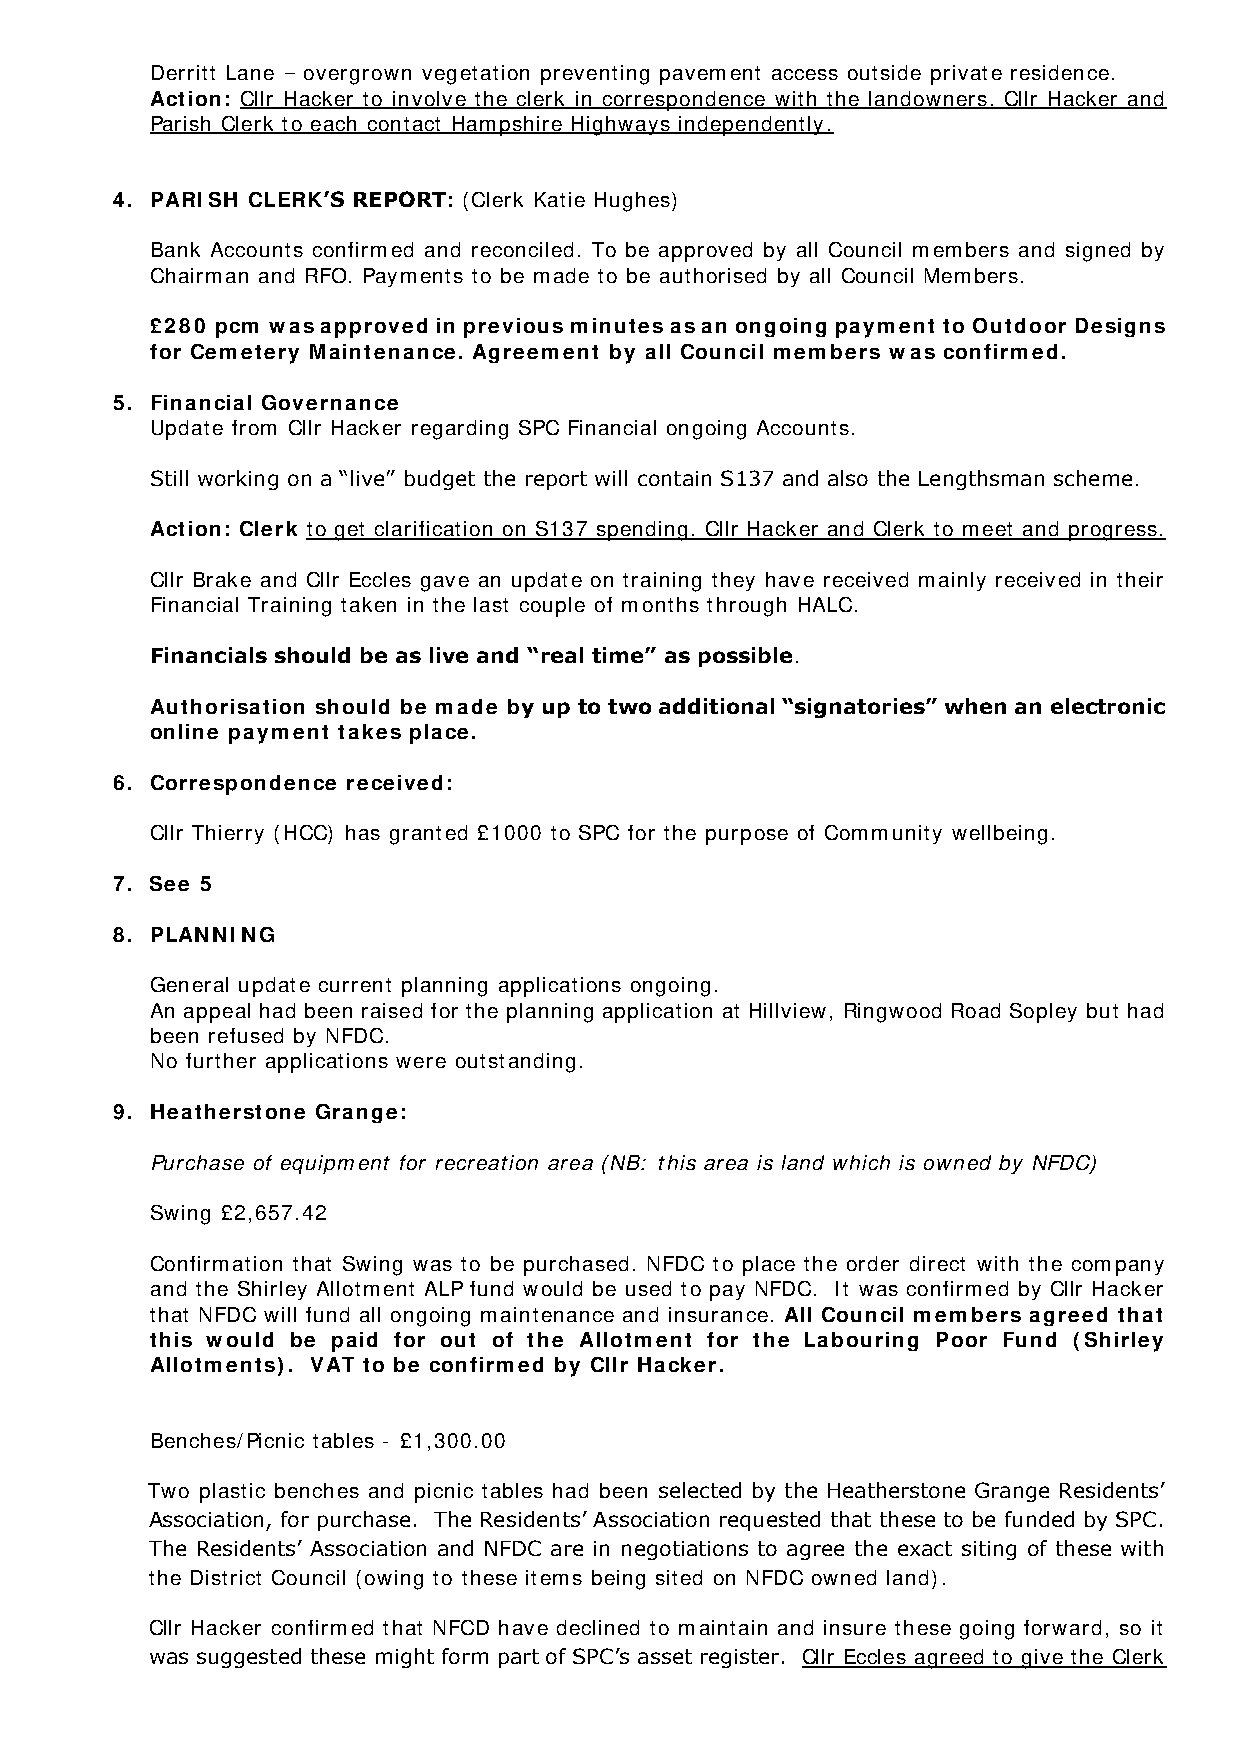
Derritt Lane – overgrown vegetation preventing pavement access outside private residence.
 Action: Cllr Hacker to involve the clerk in correspondence with the landowners. Cllr Hacker and
 Parish Clerk to each contact Hampshire Highways independently.
 4. PARISH CLERK’S REPORT: (Clerk Katie Hughes)
 Bank Accounts confirmed and reconciled. To be approved by all Council members and signed by
 Chairman and RFO. Payments to be made to be authorised by all Council Members.
 £280 pcm was approved in previous minutes as an ongoing payment to Outdoor Designs
 for Cemetery Maintenance. Agreement by all Council members was confirmed.
 5. Financial Governance
 Update from Cllr Hacker regarding SPC Financial ongoing Accounts.
 Still working on a “live” budget the report will contain S137 and also the Lengthsman scheme.
 Action: Clerk to get clarification on S137 spending. Cllr Hacker and Clerk to meet and progress.
 Cllr Brake and Cllr Eccles gave an update on training they have received mainly received in their
 Financial Training taken in the last couple of months through HALC.
 Financials should be as live and “real time” as possible.
 Authorisation should be made by up to two additional “signatories” when an electronic
 online payment takes place.
 6. Correspondence received:
 Cllr Thierry (HCC) has granted £1000 to SPC for the purpose of Community wellbeing.
 7. See 5
 8. PLANNING
 General update current planning applications ongoing.
 An appeal had been raised for the planning application at Hillview, Ringwood Road Sopley but had
 been refused by NFDC.
 No further applications were outstanding.
 9. Heatherstone Grange:
 Purchase of equipment for recreation area (NB: this area is land which is owned by NFDC)
 Swing £2,657.42
 Confirmation that Swing was to be purchased. NFDC to place the order direct with the company
 and the Shirley Allotment ALP fund would be used to pay NFDC. It was confirmed by Cllr Hacker
 that NFDC will fund all ongoing maintenance and insurance. All Council members agreed that
 this would be paid for out of the Allotment for the Labouring Poor Fund (Shirley
 Allotments). VAT to be confirmed by Cllr Hacker.
 Benches/Picnic tables - £1,300.00
 Two plastic benches and picnic tables had been selected by the Heatherstone Grange Residents’
 Association, for purchase. The Residents’ Association requested that these to be funded by SPC.
 The Residents’ Association and NFDC are in negotiations to agree the exact siting of these with
 the District Council (owing to these items being sited on NFDC owned land).
 Cllr Hacker confirmed that NFCD have declined to maintain and insure these going forward, so it
 was suggested these might form part of SPC’s asset register. Cllr Eccles agreed to give the Clerk